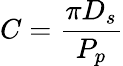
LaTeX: C=\frac{\pi D_{s}}{P_{p}}